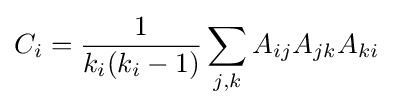
C_{i}={\frac {1}{k_{i}(k_{i}-1)}}\sum _{j,k}A_{ij}A_{jk}A_{ki}